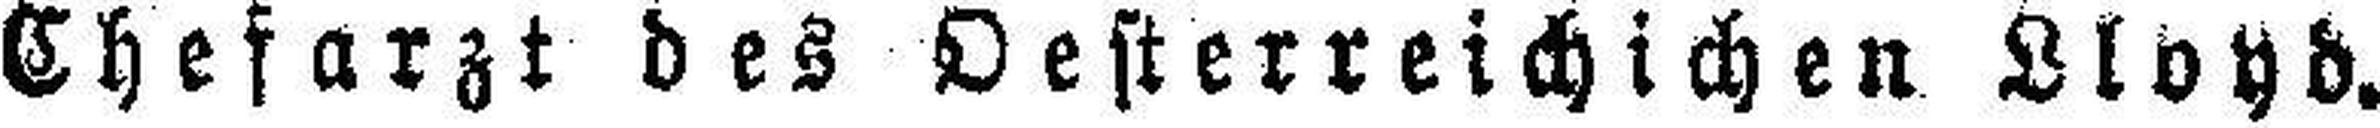
Chefarzt des Oesterreichichen Lloyd.